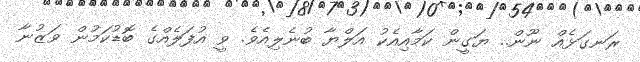
ރަނގަޅެއް ނޫން.. ޔަގީން ކަމާއިއެކު އަލްޔާ ބުނެލިއެވެ. ވީ އުފަލެއްގެ ބޮޑުކަމުން ވަޒުނާ